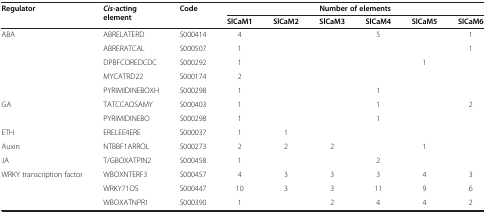
| <ROWSPAN=2> Regulator | <ROWSPAN=2> Cis-acting element | <ROWSPAN=2> Code | <COLSPAN=6> Number of elements |
 | SlCaM1 | SlCaM2 | SlCaM3 | SlCaM4 | SlCaM5 | SlCaM6 |
 | --- | --- | --- | --- | --- | --- | --- | --- | --- |
 | <ROWSPAN=5> ABA | ABRELATERD | S000414 | 4 |  |  | 5 |  | 1 |
 | ABRERATCAL | S000507 | 1 |  |  |  |  | 1 |
 | DPBFCOREDCDC | S000292 | 1 |  |  |  | 1 |  |
 | MYCATRD22 | S000174 | 2 |  |  |  |  |  |
 | PYRIMIDINEBOXH | S000298 | 1 |  |  | 1 |  |  |
 | <ROWSPAN=2> GA | TATCCAOSAMY | S000403 | 1 |  |  | 1 |  | 2 |
 | PYRIMIDINEBO | S000298 | 1 |  |  | 1 |  |  |
 | ETH | ERELEE4ERE | S000037 | 1 | 1 |  |  |  |  |
 | Auxin | NTBBF1ARROL | S000273 | 2 | 2 | 2 |  | 1 |  |
 | JA | T/GBOXATPIN2 | S000458 | 1 |  |  | 2 |  |  |
 | <ROWSPAN=2> WRKY transcription factor | WBOXNTERF3 | S000457 | 4 | 3 | 3 | 3 | 4 | 3 |
 | WRKY71OS | S000447 | 10 | 3 | 3 | 11 | 9 | 6 |
 |  | WBOXATNPR1 | S000390 | 1 |  | 2 | 4 | 4 | 2 |